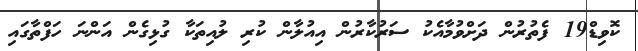
ކޮވިޑް19 ފެތުރުން ދަށްވުމާއެކު ސަރުކާރުން އިއުލާން ކުރި ލުއިތަކާ ގުޅިގެން އަންނަ ހަފްތާގައި